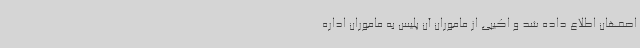
اصفهان اطلاع داده شد و اکیپی از ماموران آن پلیس به ماموران اداره